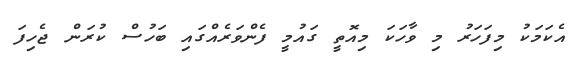
އެކަމަކު މިފަހަރު މި ވާހަކަ މިއޮތީ ގައުމީ ފެންވަރެއްގައި ބަހުސް ކުރަން ޖެހިފަ